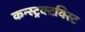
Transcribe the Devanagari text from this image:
कन्स्ट्रक्टविस्ट